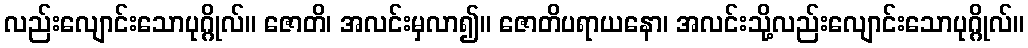
လည်းလျောင်းသောပုဂ္ဂိုလ်။ ဇောတိ၊ အလင်းမှလာ၍။ ဇောတိပရာယနော၊ အလင်းသို့လည်းလျောင်းသောပုဂ္ဂိုလ်။